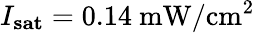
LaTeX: I_{\mathbf{sat}}=0.14~\mathrm{mW/cm^{2}}